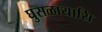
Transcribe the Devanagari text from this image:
घुसळायासि